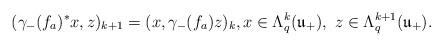
LaTeX: \begin{align*}(\gamma_{-}(f_{a})^{*} x, z)_{k + 1} = (x, \gamma_{-}(f_{a}) z)_{k}, x \in \Lambda_{q}^{k}(\mathfrak{u}_{+}), \ z \in \Lambda_{q}^{k + 1}(\mathfrak{u}_{+}).\end{align*}